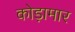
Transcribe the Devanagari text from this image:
कोड़ामार